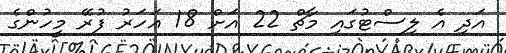
އަދި އެ ލިސްޓުގައި މާޗް 22 އަށް 18 އަހަރު ފުރޭ މީހުންގެ